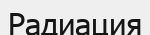
Радиация